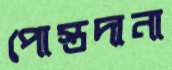
পোস্তদানা